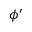
\phi ^ { \prime }